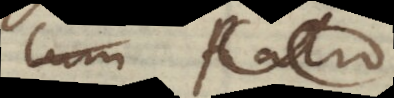
cum Ratio